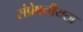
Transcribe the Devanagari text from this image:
संप्रेषनीयता